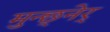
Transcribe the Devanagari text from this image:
मुन्छ्नेर्